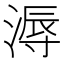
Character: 溽